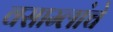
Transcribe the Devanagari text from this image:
वसाम्लांचे